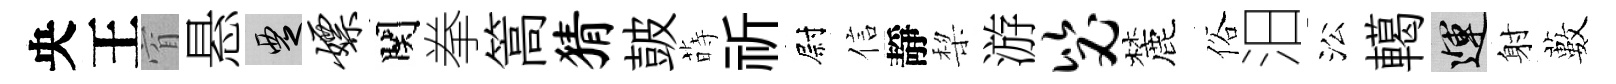
央王窅悬覂嫖関拳篙猜皷蒔祈尉信靜棃游毖麓俗汨㳂轕運射藪